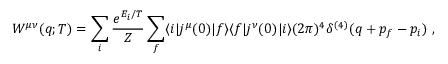
W ^ { \mu \nu } ( q ; T ) = \sum _ { i } \frac { e ^ { E _ { i } / T } } { \cal Z } \sum _ { f } \langle i | j ^ { \mu } ( 0 ) | f \rangle \langle f | j ^ { \nu } ( 0 ) | i \rangle ( 2 \pi ) ^ { 4 } \delta ^ { ( 4 ) } ( q + p _ { f } - p _ { i } ) \ ,